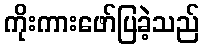
ကိုးကားဖော်ပြခဲ့သည်